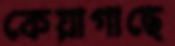
কেয়াগাছে